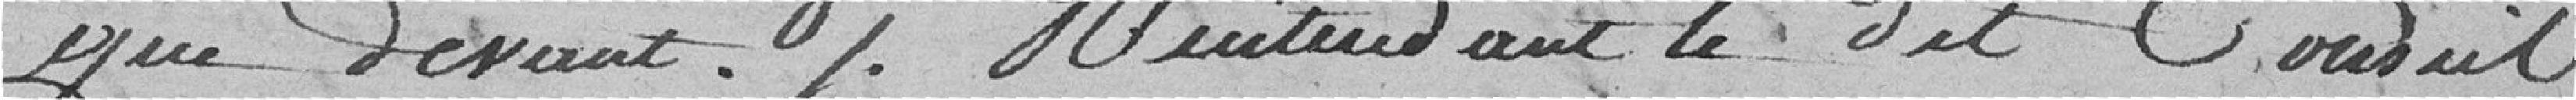
que devant% Maintenant le dit Conseil